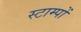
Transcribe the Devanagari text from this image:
स्टाम्पों